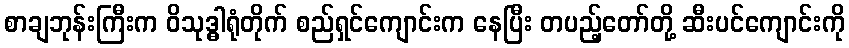
စာချဘုန်းကြီးက ဝိသုဒ္ဓါရုံတိုက် စည်ရှင်ကျောင်းက နေပြီး တပည့်တော်တို့ ဆီးပင်ကျောင်းကို